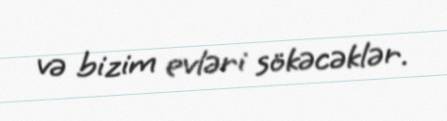
və bizim evləri sökəcəklər.